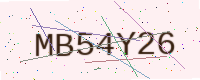
Text: MB54Y26